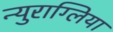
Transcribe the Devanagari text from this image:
न्युराग्लिया